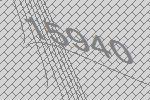
15940